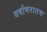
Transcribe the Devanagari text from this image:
वर्षाभरातच